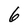
Character: 6